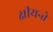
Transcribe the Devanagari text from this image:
क्षीयन्ते